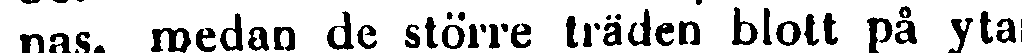
nas, roedan de större träden blott på ytan